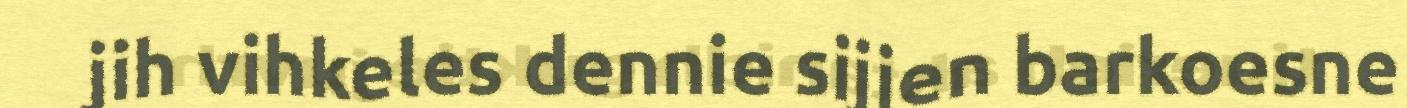
jih vihkeles dennie sijjen barkoesne